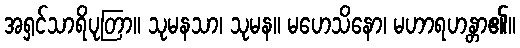
အရှင်သာရိပုတြာ။ သုမနသာ၊ သုမန။ မဟေသိနော၊ မဟာရဟန္တာ၏။